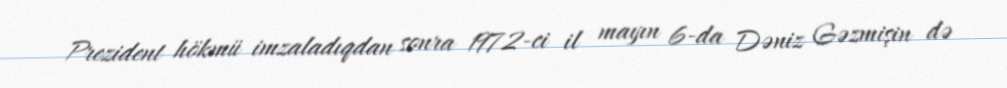
Prezident hökmü imzaladıqdan sonra 1972-ci il mayın 6-da Dəniz Gəzmişin də